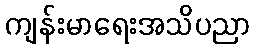
ကျန်းမာရေးအသိပညာ